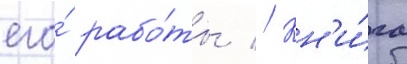
его́ рабо́ты // Кн'и́га